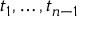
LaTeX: t _ { 1 } , \ldots , t _ { n - 1 }